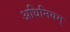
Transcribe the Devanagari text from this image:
अधिनियम्